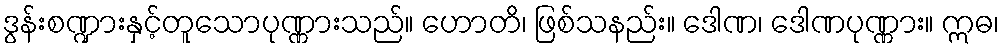
ဒွန်းစဏ္ဍားနှင့်တူသောပုဏ္ဏားသည်။ ဟောတိ၊ ဖြစ်သနည်း။ ဒေါဏ၊ ဒေါဏပုဏ္ဏား။ ဣဓ၊